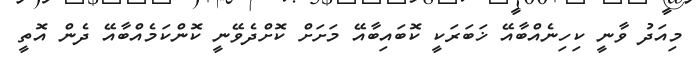
މިއަދު ވާނީ ކިހިނެއްބާއޭ ޚަބަރަކީ ކޮބައިބާއޭ މަށަށް ކޮށްދެވޭނީ ކޮންކަމެއްބާއޭ ދެން އޮތީ